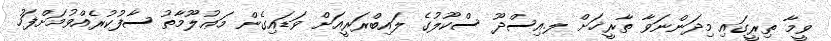
ވީމާ ތިރީގައި މިދަންނަވާ ތާރީޚަށް ލ.އިސްދޫ ސްކޫލުގެ ލައިބްރަރީއަށް ވަޑައިގެން މަޢުލޫމާތު ސާފުކުރެއްވުމަށްފަހު